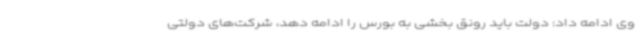
وی ادامه داد: دولت باید رونق بخشی به بورس را ادامه دهد، شرکت‌های دولتی